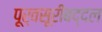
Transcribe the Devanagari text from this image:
पूर्वसूरींबद्दल